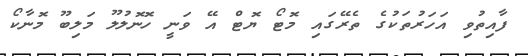
ފާއިތުވި އަހަރުތަކުގެ ތެރޭގައި މޮޓޯ ޔޮޓް އޭ ވަނީ ހޮނޮލުލޫ މަލިބޫ މޮނާކޯ